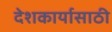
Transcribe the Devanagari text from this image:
देशकार्यासाठी